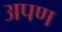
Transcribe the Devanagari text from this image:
अपण